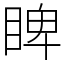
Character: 睥